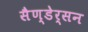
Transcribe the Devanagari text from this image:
सैण्डेर्सन